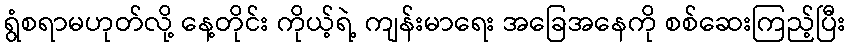
ရွံစရာမဟုတ်လို့ နေ့တိုင်း ကိုယ့်ရဲ့ ကျန်းမာရေး အခြေအနေကို စစ်ဆေးကြည့်ပြီး